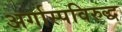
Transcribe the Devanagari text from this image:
अर्गास्पविरुद्ध